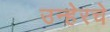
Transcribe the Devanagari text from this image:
उन्हेरचे